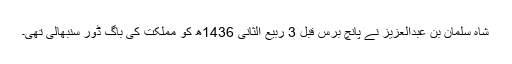
شاہ سلمان بن عبدالعزیز نے پانچ برس قبل 3 ربیع الثانی 1436ھ کو مملکت کی باگ ڈور سنبھالی تھی۔